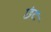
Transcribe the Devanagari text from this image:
छंदः